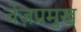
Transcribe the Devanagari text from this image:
चेज़प्रमुख